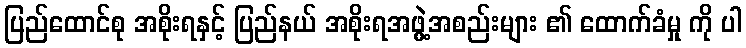
ပြည်ထောင်စု အစိုးရနှင့် ပြည်နယ် အစိုးရအဖွဲ့အစည်းများ ၏ ထောက်ခံမှု ကို ပါ